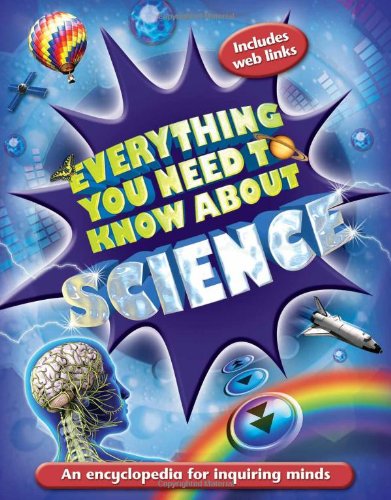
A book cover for Everything You Need to Know About Science; Mike Goldsmith; Reference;